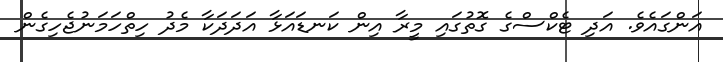
އަންގައެވެ. އަދި ޓެކްސްގެ ގޮތުގައި މީރާ އިން ކަނޑައަޅާ އަދަދަކާ މެދު ހިތްހަމަނުޖެހިގެން